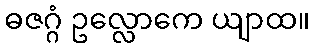
ဓဇဂ္ဂံ ဥလ္လောကေ ယျာထ။